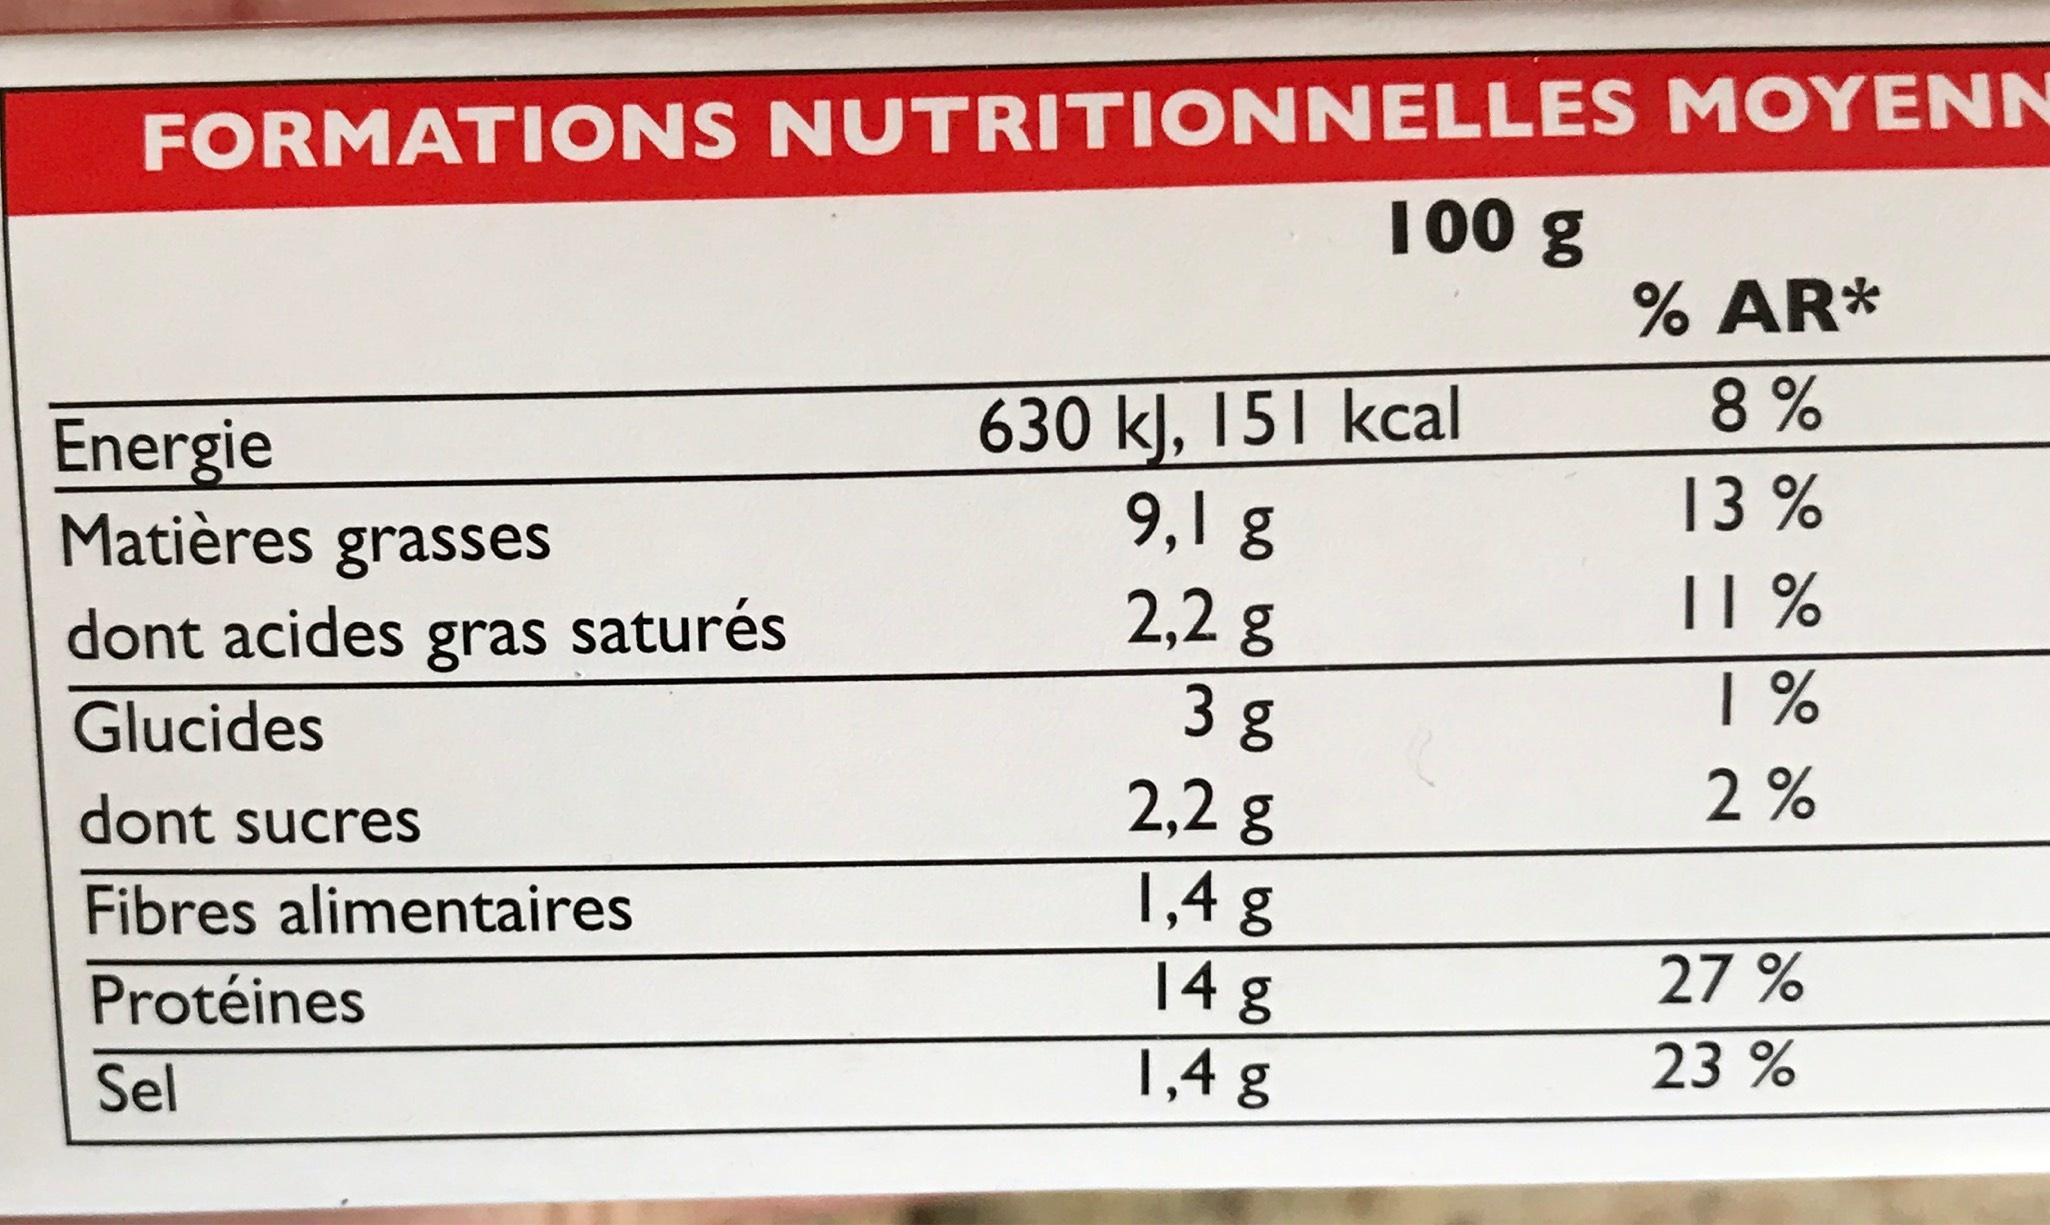
FORMATIONS NUTRITIONNELLES MOYENN
Energie
Matières grasses dont acides gras saturés
Glucides
dont sucres
Fibres alimentaires
Protéines
Sel
100 g
630 kJ, 151 kcal 9,18
2,28
38
2,28
1,4 g
14 g
1,4 g
% AR*
8%
13%
11%
1%
2%
27%
23%